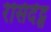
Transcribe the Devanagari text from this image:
रेसिदेंट्स